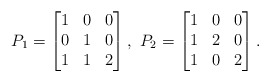
\begin{align*}P_1=\begin{bmatrix} 1&0&0\\0&1&0\\1&1&2 \end{bmatrix},\ P_2=\begin{bmatrix} 1&0&0\\1&2&0\\1&0&2 \end{bmatrix}.\end{align*}